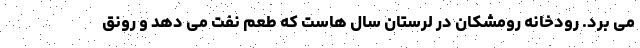
می برد. رودخانه رومشکان در لرستان سال هاست که طعم نفت می دهد و رونق